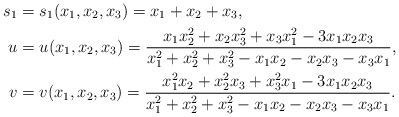
\begin{align*} s_1 &=s_1(x_1,x_2,x_3)= x_1+x_2+x_3, \\ u &=u(x_1,x_2,x_3)= \frac{x_1x_2^2+x_2x_3^2+x_3x_1^2-3x_1x_2x_3}{x_1^2+x_2^2+x_3^2-x_1x_2-x_2x_3-x_3x_1}, \\ v &=v(x_1,x_2,x_3)= \frac{x_1^2x_2+x_2^2x_3+x_3^2x_1-3x_1x_2x_3}{x_1^2+x_2^2+x_3^2-x_1x_2-x_2x_3-x_3x_1}. \end{align*}